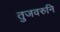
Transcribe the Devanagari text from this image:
तुजवरुनि